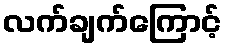
လက်ချက်ကြောင့်